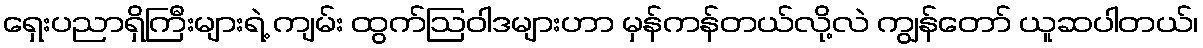
ရှေးပညာရှိကြီးများရဲ့ ကျမ်း ထွက်ဩဝါဒများဟာ မှန်ကန်တယ်လို့လဲ ကျွန်တော် ယူဆပါတယ်၊